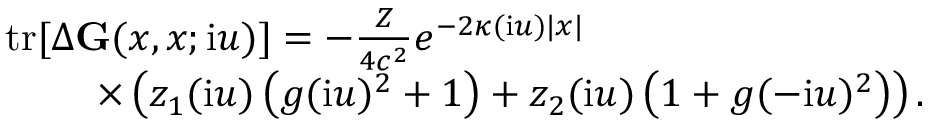
\begin{array} { r } { \mathrm { t r } [ \Delta \ensuremath { \mathbf { G } } ( x , x ; \ensuremath { \mathrm { i } } u ) ] = - \frac { Z } { 4 c ^ { 2 } } e ^ { - 2 \kappa ( \ensuremath { \mathrm { i } } u ) | x | } \phantom { x x x x x x x x x x x x x x x } } \\ { \times \left( z _ { 1 } ( \ensuremath { \mathrm { i } } u ) \left( g ( \ensuremath { \mathrm { i } } u ) ^ { 2 } + 1 \right) + z _ { 2 } ( \ensuremath { \mathrm { i } } u ) \left( 1 + g ( - \ensuremath { \mathrm { i } } u ) ^ { 2 } \right) \right) . } \end{array}